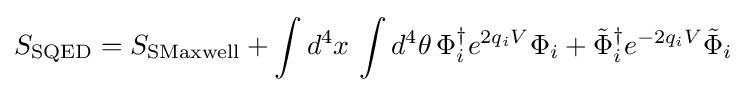
S_{\text{SQED}}=S_{\text{SMaxwell}}+\int d^{4}x\,\int d^{4}\theta \,\Phi _{i}^{\dagger }e^{2q_{i}V}\Phi _{i}+{\tilde {\Phi }}_{i}^{\dagger }e^{-2q_{i}V}{\tilde {\Phi }}_{i}